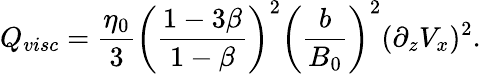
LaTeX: Q_{visc}=\frac{\eta_{0}}{3}\left(\frac{1-3\beta}{1-\beta}\right)^{2}\left(\frac{b}{B_{0}}\right)^{2}(\partial_{z}V_{x})^{2}.